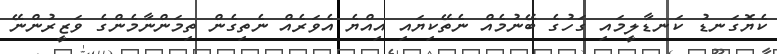
ކެޔޮގަނޑު ކަނޑާލީމައި ގަހުގެ ބޭނުމެއް ނެތޭކިޔައި އިއްޔެ އެވަރެއް ނެތިގެން ތިމަންނާމެންގެ ވަޒީރުންނޭ